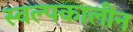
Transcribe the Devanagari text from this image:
स्वल्पकालीन